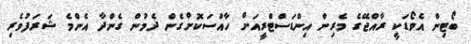
ބޯޓިން އެވޯޑަކީ ރާއްޖޭގެ މެރިން އިންޑަސްޓްރީއަށް ހާއްސަކޮށްގެން ދެމުން ގެންދާ އެންމެ ޝަރަފުވެރި